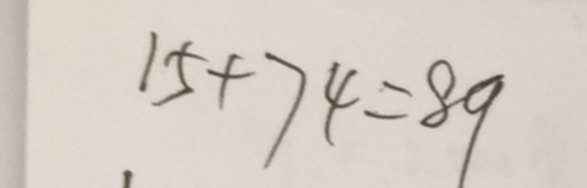
1 5 + 7 4 = 8 9